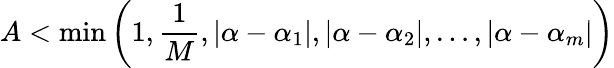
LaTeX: A<\operatorname*{min}\left(1,{\frac{1}{M}},\left|\alpha-\alpha_{1}\right|,\left|\alpha-\alpha_{2}\right|,\ldots,\left|\alpha-\alpha_{m}\right|\right)